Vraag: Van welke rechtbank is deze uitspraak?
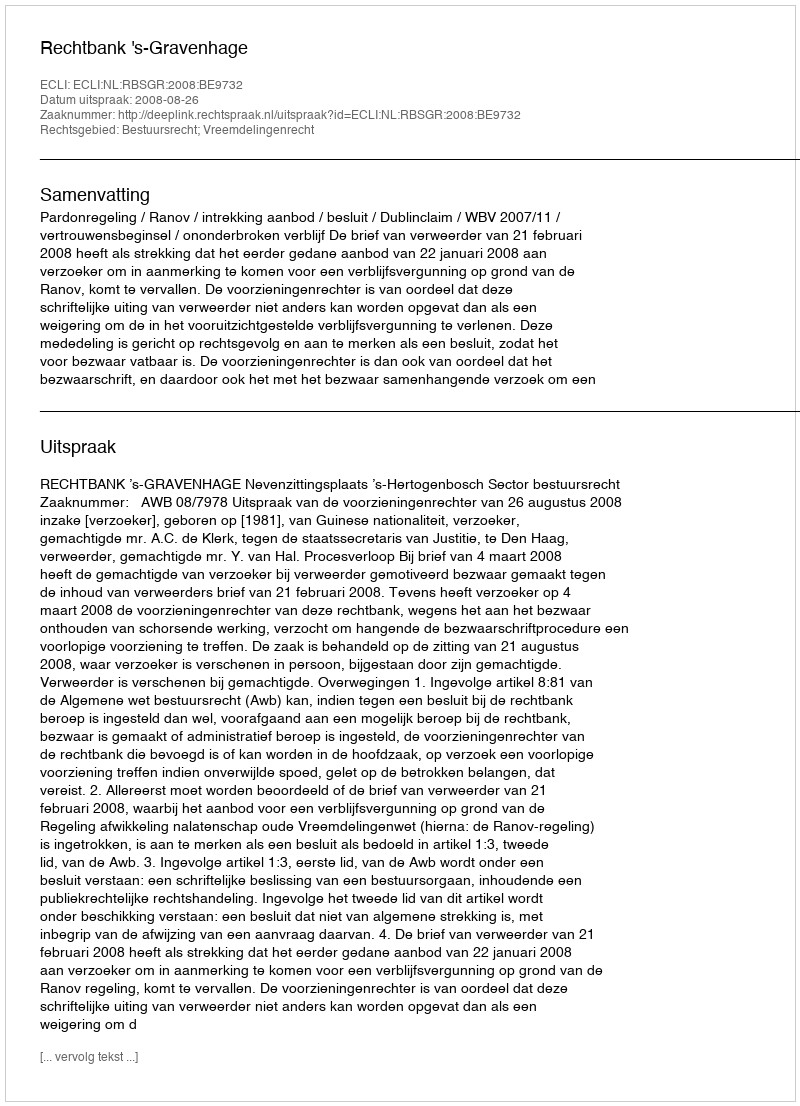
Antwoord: Rechtbank 's-Gravenhage